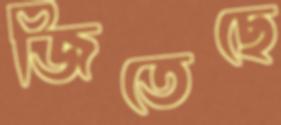
জিতেছে